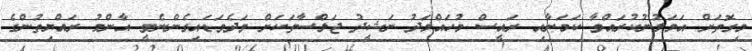
މިގޮތަށް އަމަލުނުކުރައްވާ ކަމަށާއި ރައީސް މުހައްމަދު ނަޝީދު ޖަލްސާތަކަށް ވަދެވަޑައިގެންނެވީ އާންމު ރައްޔިތުންގެ